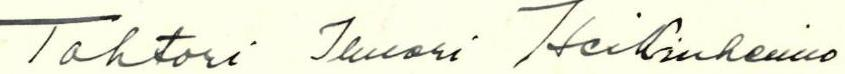
Tohtori Ilmari Heikinheimo